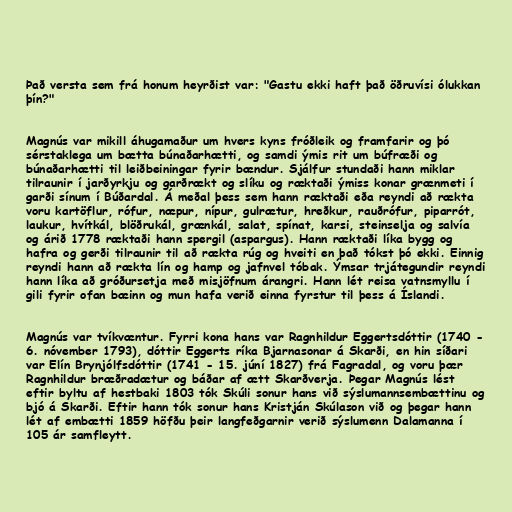
Það versta sem frá honum heyrðist var: "Gastu ekki haft það öðruvísi ólukkan
þín?"

Magnús var mikill áhugamaður um hvers kyns fróðleik og framfarir og þó
sérstaklega um bætta búnaðarhætti, og samdi ýmis rit um búfræði og
búnaðarhætti til leiðbeiningar fyrir bændur. Sjálfur stundaði hann miklar
tilraunir í jarðyrkju og garðrækt og slíku og ræktaði ýmiss konar grænmeti í
garði sínum í Búðardal. Á meðal þess sem hann ræktaði eða reyndi að rækta
voru kartöflur, rófur, næpur, nípur, gulrætur, hreðkur, rauðrófur, piparrót,
laukur, hvítkál, blöðrukál, grænkál, salat, spínat, karsi, steinselja og salvía
og árið 1778 ræktaði hann spergil (aspargus). Hann ræktaði líka bygg og
hafra og gerði tilraunir til að rækta rúg og hveiti en það tókst þó ekki. Einnig
reyndi hann að rækta lín og hamp og jafnvel tóbak. Ýmsar trjátegundir reyndi
hann líka að gróðursetja með misjöfnum árangri. Hann lét reisa vatnsmyllu í
gili fyrir ofan bæinn og mun hafa verið einna fyrstur til þess á Íslandi.

Magnús var tvíkvæntur. Fyrri kona hans var Ragnhildur Eggertsdóttir (1740 -
6. nóvember 1793), dóttir Eggerts ríka Bjarnasonar á Skarði, en hin síðari
var Elín Brynjólfsdóttir (1741 - 15. júní 1827) frá Fagradal, og voru þær
Ragnhildur bræðradætur og báðar af ætt Skarðverja. Þegar Magnús lést
eftir byltu af hestbaki 1803 tók Skúli sonur hans við sýslumannsembættinu og
bjó á Skarði. Eftir hann tók sonur hans Kristján Skúlason við og þegar hann
lét af embætti 1859 höfðu þeir langfeðgarnir verið sýslumenn Dalamanna í
105 ár samfleytt.